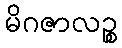
မိဂဇာလဉ္စ